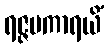
ရဇ္ဇမကာရယိံ